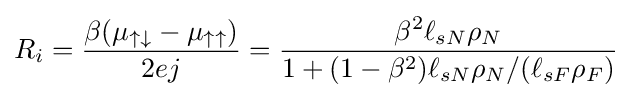
R_{i}={\frac {\beta (\mu _{\uparrow \downarrow }-\mu _{\uparrow \uparrow })}{2ej}}={\frac {\beta ^{2}\ell _{sN}\rho _{N}}{1+(1-\beta ^{2})\ell _{sN}\rho _{N}/(\ell _{sF}\rho _{F})}}